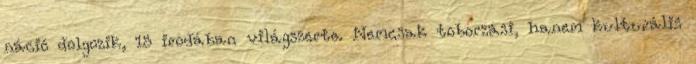
náció dolgozik, 15 irodában világszerte. Nemcsak toborzási, hanem kulturális